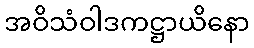
အဝိသံဝါဒကဋ္ဌာယိနော